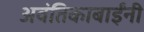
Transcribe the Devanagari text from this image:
अवंतिकाबाईंनी